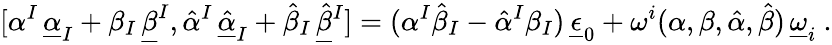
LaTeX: [\alpha^{I}\, \underline{{{\alpha}}}_{I}+\beta_{I}\, \underline{{{\beta}}}^{I},\hat{\alpha}^{I}\, \underline{{{\hat{\alpha}}}}_{I}+\hat{\beta}_{I}\, \underline{{{\hat{\beta}}}}{}^{I}]=(\alpha^{I}\hat{\beta}_{I}-\hat{\alpha}^{I}\beta_{I})\, \underline{{{\epsilon}}}_{0}+\omega^{i}(\alpha,\beta,\hat{\alpha},\hat{\beta})\, \underline{{{\omega}}}_{i}\ .